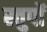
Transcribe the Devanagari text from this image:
स्तुपों